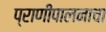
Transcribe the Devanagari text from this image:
प्राणीपालनाचा